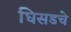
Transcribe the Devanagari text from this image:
घिसडचे